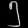
Digit: ၅